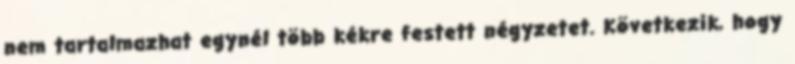
nem tartalmazhat egynél több kékre festett négyzetet. Következik, hogy